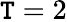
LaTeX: \mathtt{T}=2